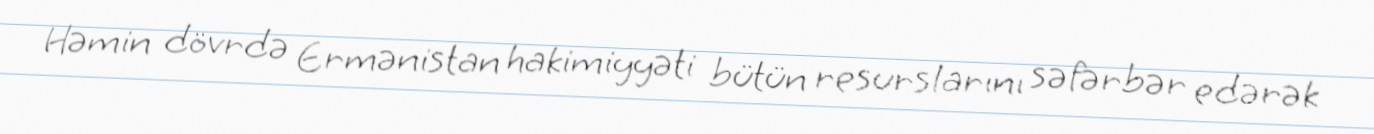
Həmin dövrdə Ermənistan hakimiyyəti bütün resurslarını səfərbər edərək